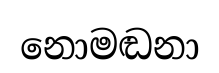
නොමඬනා